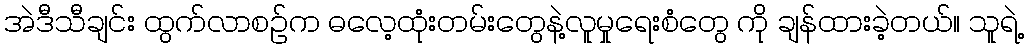
အဲဒီသီချင်း ထွက်လာစဉ်က ဓလေ့ထုံးတမ်းတွေနဲ့လူမှုရေးစံတွေ ကို ချန်ထားခဲ့တယ်။ သူရဲ့